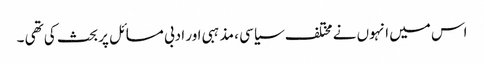
اس میں انہوں نے مختلف سیاسی ، مذہبی اور ادبی مسائل پر بحث کی تھی ۔